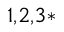
^ { 1 , 2 , 3 * }